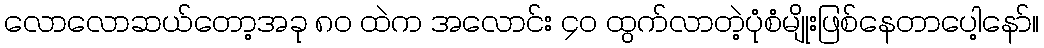
လောလောဆယ်တော့အခု ၈၀ ထဲက အလောင်း ၄၀ ထွက်လာတဲ့ပုံစံမျိုးဖြစ်နေတာပေါ့နော်။